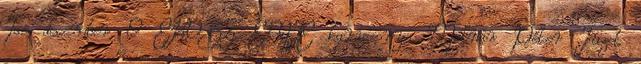
Tas december 9 EKOSZ EMTE karácsonya Molnár Péter Tüzet